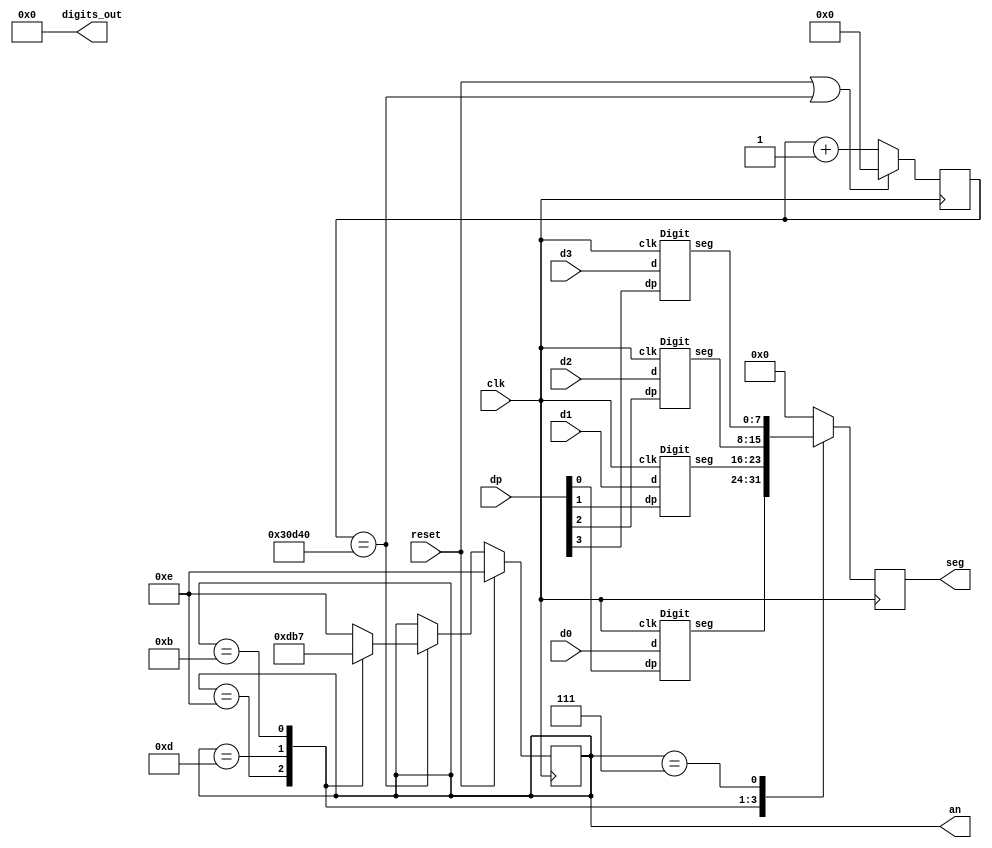
/******************************************************************
* module SevenSegment() - 4-digit 7-segment display controller	  *
*                                                                 *
* Copyright David Glover, 2012				                   	  *
*                                                                 *                                                                *
*                                                                 *
* This module controls the 4-digit 7-segment display found on     *
* the Nexys3 FPGA board.  The four digits can be displayed as     *
* hex digits or as special characters for blanking the digit or   *
* displaying a single segment.  The decimal points (dots) between *
* each digit are also controlled.  The digits are displayed       *
* according to the following code.								  *
*                                                                 *
*   value			Displays                                      *
*  0 - 9		Characters 0 to 9                                 *
*  10 - 15      Characters A to F                                 *
*  16 - 22      Single segments a - g                             *
*  23 			Blank (Off)			                              *
*  24 - 28		Uppercase H, R, L and lower case r, l			  *
*  29 - 31      Blank (Off)			                              *
* 																  *
*	The decimal points are on or off for each digit according 	  *
*	to input dp.		   										  *
*                                                                 *
*******************************************************************/

module SevenSegment (
	input 				clk,					// 100 MHz system clock 
	input 				reset,					// system reset signal

	input		[4:0]	d0, d1, d2, d3,			// digits to be displayed
	input		[3:0]	dp,						// decimal points to be displayed

	output reg	[7:0]	seg = 8'b11111111,		// output to seven segment display cathode
	output reg	[3:0]	an = 4'b1110,			// output to seven segment display anode
	
	output	reg [31:0]	digits_out = 32'b0		// for simulation only
);

	reg [17:0]		clk_cnt = 18'b0;	
	wire [7:0]		dig0, dig1, dig2, dig3;			// cathode outputs for each digit
	
    parameter simulate = 0;
    localparam clock_cnt = simulate ? 18'd5			// Count when simulating
                                    : 18'd200_000;	// Count when running on HW (500 Hz) 
	localparam digit1 = 4'b1110;
	localparam digit2 = 4'b1101;
	localparam digit3 = 4'b1011;
	localparam digit4 = 4'b0111;
	
	always @ (posedge clk) begin
		if (reset || (clk_cnt == clock_cnt))
			clk_cnt <= 1'b0;
		else 
			clk_cnt <= clk_cnt + 1'b1 ;
	end

	always @ (posedge clk) begin
		if (reset) 
			an <= digit1;
		else if (clk_cnt == clock_cnt)
			case (an)
				digit1: an <= digit2;
				digit2: an <= digit3;
				digit3: an <= digit4;
				digit4: an <= digit1;
				default: an <= digit1;
			endcase
	end

	always @ (posedge clk) begin
		case (an) 
			digit1: seg <= dig0;
			digit2: seg <= dig1;
			digit3: seg <= dig2;
			digit4: seg <= dig3;
			default: seg <= 8'b0;
		endcase
	end
	
Digit Digit0 (
	.clk(clk),
	.d(d0),
	.dp(dp[0]),
	.seg(dig0)
);

Digit Digit1 (
	.clk(clk),
	.d(d1),
	.dp(dp[1]),
	.seg(dig1)
);

Digit Digit2 (
	.clk(clk),
	.d(d2),
	.dp(dp[2]),
	.seg(dig2)
);

Digit Digit3 (
	.clk(clk),
	.d(d3),
	.dp(dp[3]),
	.seg(dig3)
);

endmodule

module Digit (
	input 				clk,
	input 		[4:0]	d,			// digit code to be displayed
	input				dp,			// decimal point to be displayed

	output reg	[7:0]	seg 		// output to seven segment display cathode
);

localparam zero	= 7'b1000000;
localparam one	= 7'b1111001;
localparam two	= 7'b0100100;
localparam three = 7'b0110000;
localparam four = 7'b0011001;
localparam five = 7'b0010010;
localparam six = 7'b0000010;
localparam seven = 7'b1111000;
localparam eight = 7'b0000000;
localparam nine = 7'b0010000;
localparam A = 7'b0001000;
localparam B = 7'b0000011;
localparam C = 7'b1000110;
localparam D = 7'b0100001;
localparam E = 7'b0000110;
localparam F = 7'b0001110;
localparam seg_a = 7'b1111110;
localparam seg_b = 7'b1111101;
localparam seg_c = 7'b1111011;
localparam seg_d = 7'b1110111;
localparam seg_e = 7'b1101111;
localparam seg_f = 7'b1011111;
localparam seg_g = 7'b0111111;

localparam upH = 7'b0001001;
localparam upL = 7'b1000111;
localparam upR = 7'b0001000;
localparam lol = 7'b1001111;
localparam lor = 7'b0101111;

localparam  blank = 7'b1111111;


always @ (posedge clk) begin
	case (d)
		5'd00: seg <= {~dp,zero};
		5'd01: seg <= {~dp,one};
		5'd02: seg <= {~dp,two};
		5'd03: seg <= {~dp,three};
		5'd04: seg <= {~dp,four};
		5'd05: seg <= {~dp,five};
		5'd06: seg <= {~dp,six};
		5'd07: seg <= {~dp,seven};
		5'd08: seg <= {~dp,eight};
		5'd09: seg <= {~dp,nine};
		5'd10: seg <= {~dp,A};
		5'd11: seg <= {~dp,B};
		5'd12: seg <= {~dp,C};
		5'd13: seg <= {~dp,D};
		5'd14: seg <= {~dp,E};
		5'd15: seg <= {~dp,F};
		5'd16: seg <= {~dp,seg_a};
		5'd17: seg <= {~dp,seg_b};
		5'd18: seg <= {~dp,seg_c};
		5'd19: seg <= {~dp,seg_d};
		5'd20: seg <= {~dp,seg_e};
		5'd21: seg <= {~dp,seg_f};
		5'd22: seg <= {~dp,seg_g};
		5'd24: seg <= {~dp,upH};
		5'd25: seg <= {~dp,upL};
		5'd26: seg <= {~dp,upR};
		5'd27: seg <= {~dp,lol};
		5'd28: seg <= {~dp,lor};		
		default: seg <= {~dp,blank};
	endcase
end

endmodule